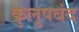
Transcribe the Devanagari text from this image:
कुलुपबंद